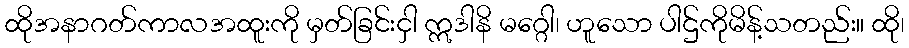
ထိုအနာဂတ်ကာလအထူးကို မှတ်ခြင်းငှါ ဣဒါနိ မဂ္ဂေါ၊ ဟူသော ပါဌ်ကိုမိန့်သတည်း။ ထို၊